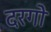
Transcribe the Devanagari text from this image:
दरगो